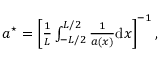
\begin{array} { r } { a ^ { \star } = \left[ \frac { 1 } { L } \int _ { - L / 2 } ^ { L / 2 } \frac { 1 } { a ( x ) } \mathrm { d } x \right] ^ { - 1 } , } \end{array}